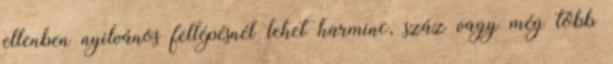
ellenben nyilvános fellépésnél lehet harminc, száz vagy még több